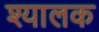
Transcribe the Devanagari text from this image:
श्यालक